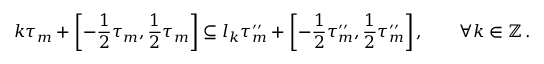
k \tau _ { m } + \mathopen { } \mathclose \bgroup \left[ - \frac 1 2 \tau _ { m } , \frac 1 2 \tau _ { m } \aftergroup \egroup \right] \subseteq l _ { k } \tau _ { m } ^ { \prime \prime } + \mathopen { } \mathclose \bgroup \left[ - \frac 1 2 \tau _ { m } ^ { \prime \prime } , \frac 1 2 \tau _ { m } ^ { \prime \prime } \aftergroup \egroup \right] \, , \qquad \forall k \in \ensuremath { \mathbb { Z } } \, .